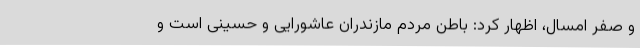
و صفر امسال، اظهار کرد: باطن مردم مازندران عاشورایی و حسینی است و